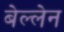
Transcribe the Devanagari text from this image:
बेल्लेन